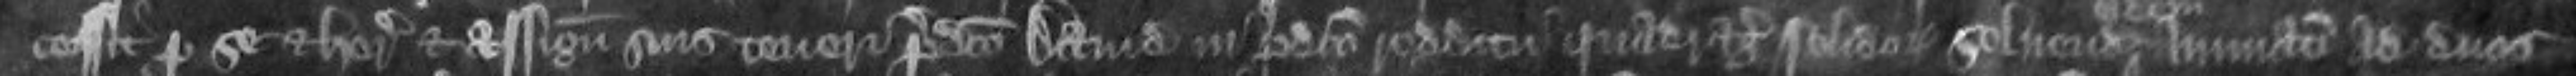
cessit pro se et heredibus et assignatis suis teneri predicto David in predicto redditu quadraginta solidorum solvendorum annuatim ad duos